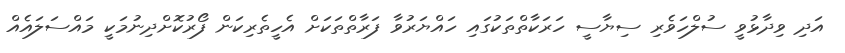
އަދި ވިދާޅުވީ ސުލްހަވެރި ސިޔާސީ ހަރަކާތްތަކުގައި ހައްޔަރުވާ ފަރާތްތަކަށް އެހީތެރިކަން ފޯރުކޮށްދިނުމަކީ މައްސަލައެއް